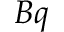
B q